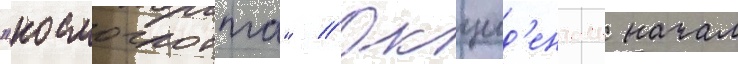
"космоглотта" // Окцид'енталь начал